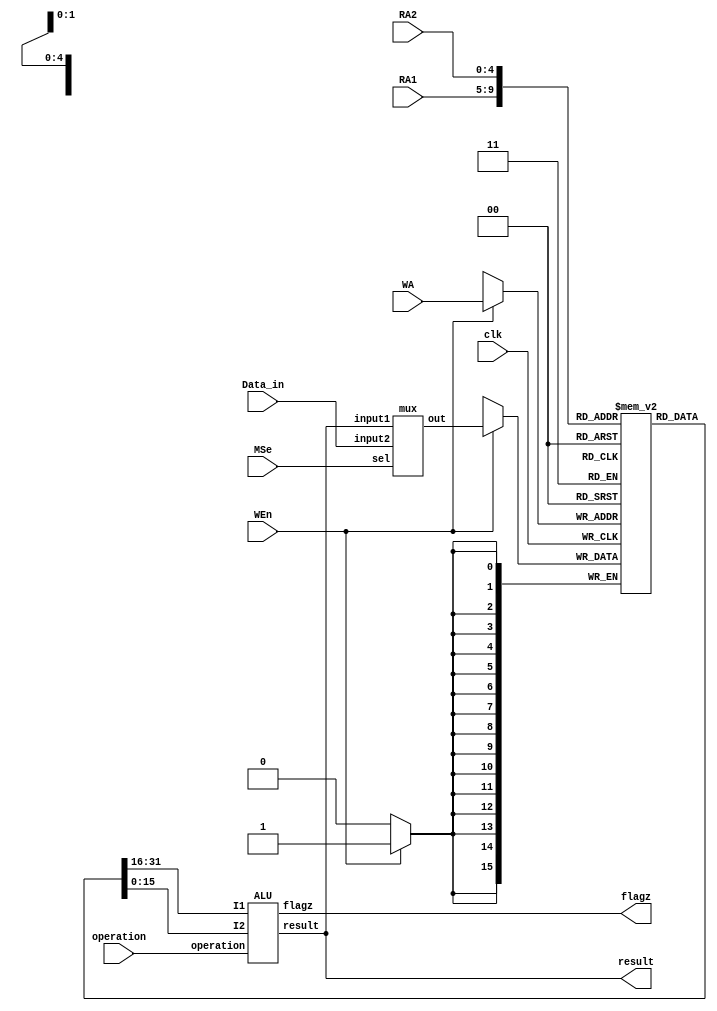
//Module p7 for question 7

module p7(result,flagz,RA1,RA2,WA,Data_in,WEn,MSe,operation,clk);
input[4:0] RA1,RA2,WA;
input[15:0] Data_in;					// Input data
input WEn,MSe;						// Write Enable and MUX Selector
input[2:0] operation;					// AlU operation code
input clk;						// Clock input
output[15:0] result;
wire[15:0] result;
output flagz;
reg[15:0] Reg[31:0];					//array of registers
integer i;
initial
begin
	for(i=0;i<32;i=i+1)
	begin
		Reg[i] = 16'b0;
	end
end				
	
wire[15:0] wire_result;
wire wzf;
ALU alu1(wire_result,wzf,operation,Reg[RA1],Reg[RA2]);		//Calling ALU

assign result = wire_result;
assign flagz = wzf;
wire [15:0] towrite;
mux mux1(towrite,result,Data_in,MSe);				// Calling MUX

always@(posedge clk)
begin
	if (WEn)
		Reg[WA] = towrite;
end
endmodule

// ALU module
module ALU(result,flagz,operation,I1,I2);
output[15:0] result;  
output flagz;     
input[15:0] I1,I2;
input[2:0] operation;
reg [15:0] result;
reg flagz;

parameter  [2:0] ADD = 3'b000,
                 SUB = 3'b001,
                 XOR = 3'b010,
                 AND = 3'b011,
                 OR = 3'b100,
                 INC = 3'b101,
                 LS = 3'b110,
                 RS = 3'b111;

// 16-bit ALU Implementation
always @(operation or I1 or I2)    
	case(operation)
		ADD :  begin result = I1+I2;flagz = (result == 16'b0); end 
		SUB :  begin result = I1-I2;flagz = (result == 16'b0); end
		XOR :  begin result = I1^I2;flagz = (result == 16'b0); end
		AND :  begin result = I1&I2;flagz = (result == 16'b0); end
		OR  :  begin result = I1|I2;flagz = (result == 16'b0); end
		INC :  begin result = I1+1;flagz = (result == 16'b0);  end
		LS  :  begin result = I1<<1;flagz = (result == 16'b0); end
		RS  :  begin result = I1>>1;flagz = (result == 16'b0); end
		default:  begin result = 16'd0;flagz = (result == 16'b0); end
	endcase
endmodule

// MUX module
module mux(out, input1, input2, sel);

output[15:0] out;				
input[15:0] input1;
input[15:0] input2;
input sel;

assign out = sel ? input1 : input2;
endmodule